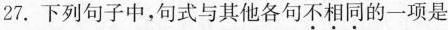
27.下列句子中，句式与其他各句\underset{·}{不}\underset{·}{相}\underset{·}{同}的一项是